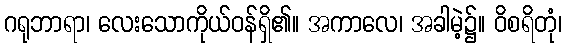
ဂရုဘာရာ၊ လေးသောကိုယ်ဝန်ရှိ၏။ အကာလေ၊ အခါမဲ့၌။ ဝိစရိတုံ၊